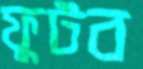
ফুটব